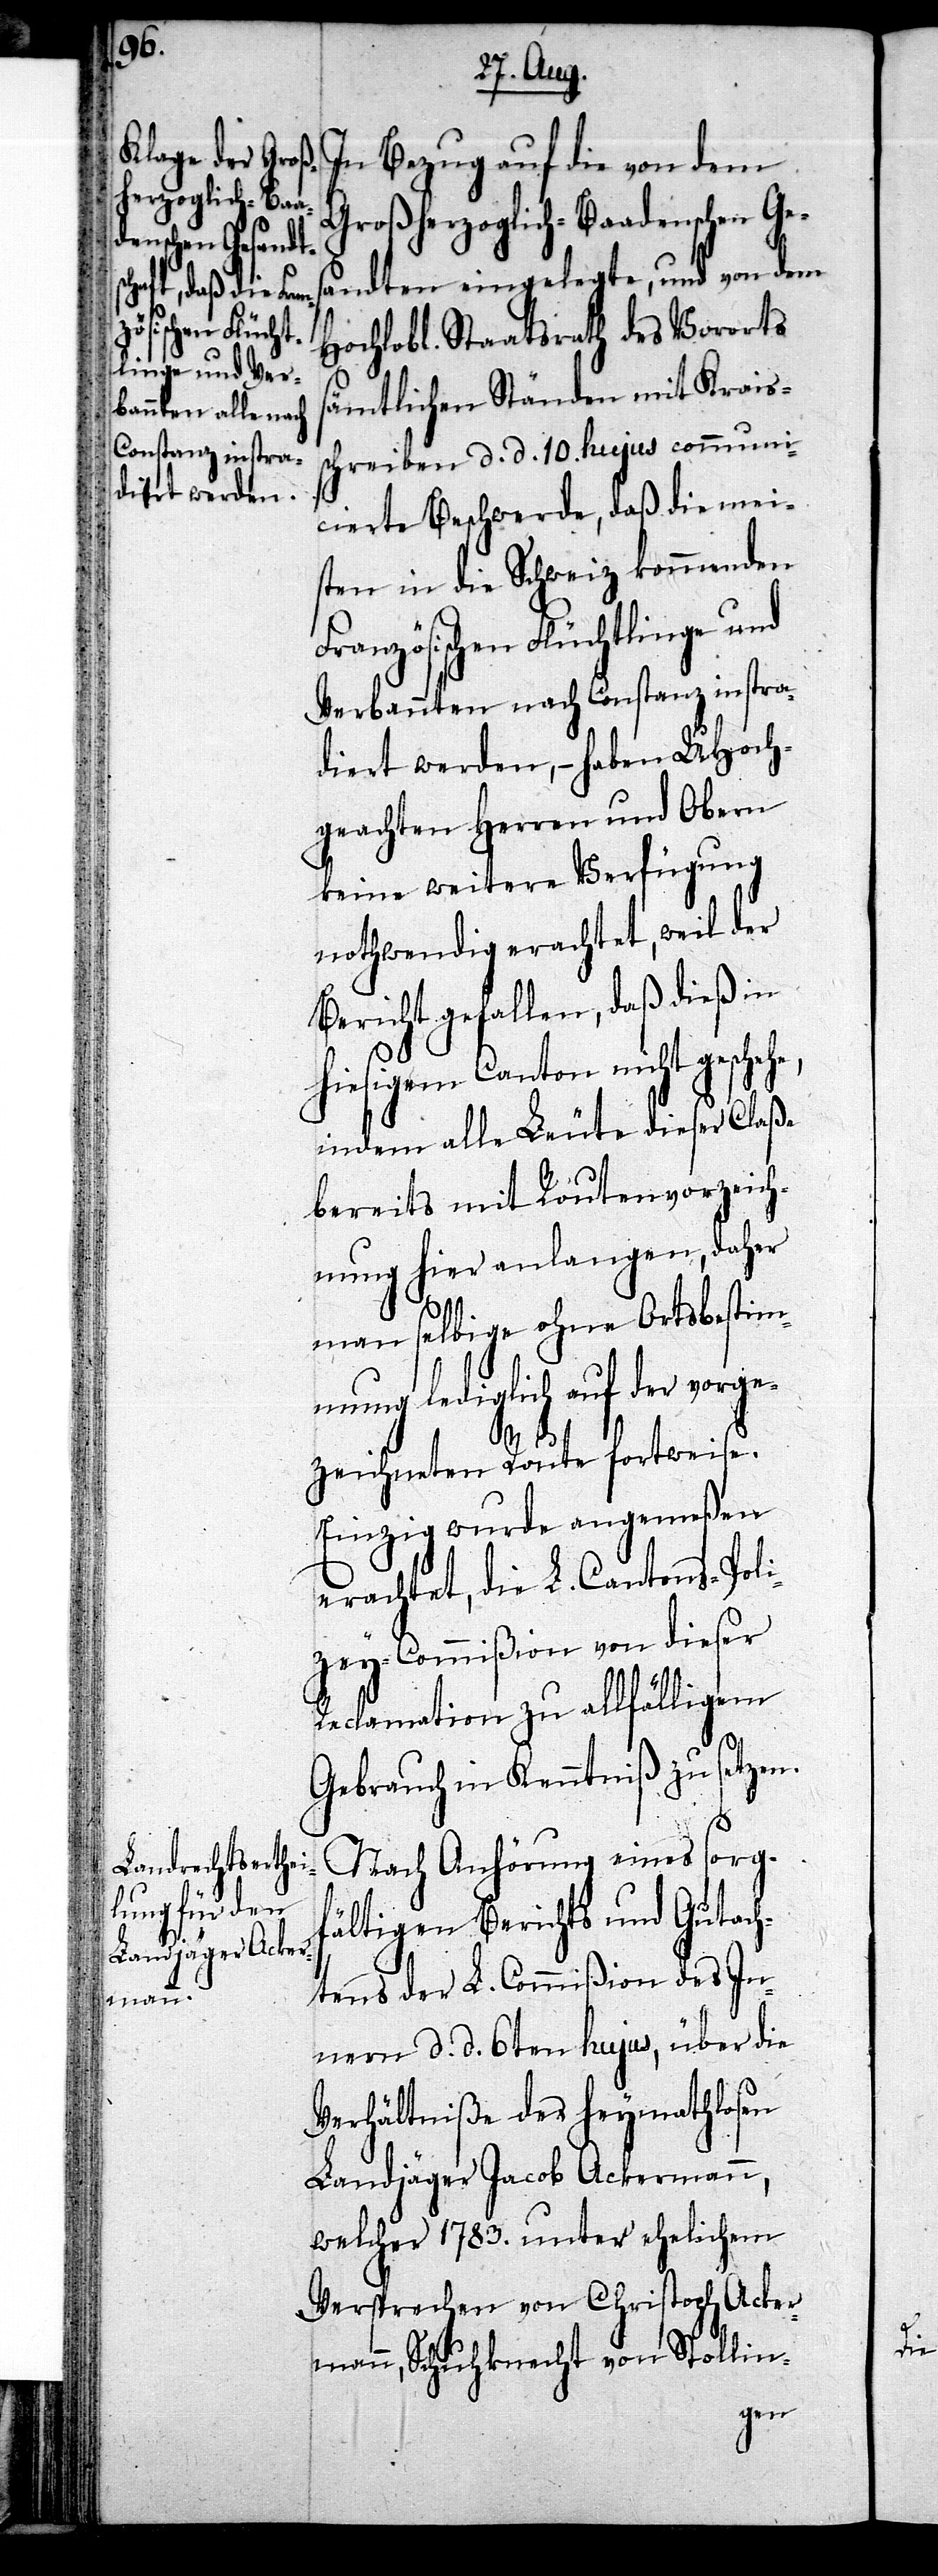
Großherzoglich-Baadenschen Ge¬
sandten eingelegte, und von dem
Hochlobl. Staatsrath des Vororts
sämtlichen Ständen mit Krais¬
schreiben d. d. 10. hujus communi¬
cierte Beschwerde, daß die mei¬
sten in die Schweiz kommenden
Französischen Flüchtlinge und
Verbannten nach Constanz instra¬
diert werden, – haben UHoch¬
geachten Herren und Obern
keine weitere Verfügung
nothwendig erachtet, weil der
Bericht gefallen, daß dieß in
hiesigem Canton nicht geschehe,
indem alle Leute dieser Claße
bereits mit Routenvorzeich¬
nung hier anlangen, daher
man selbige ohne Ortsbestim¬
mung lediglich auf der vorge¬
zeichneten Route fortweise.
Einzig wurde angemeßen
erachtet, die L. Cantons-Poli¬
zey-Commißion von dieser
Reclamation zu allfälligem
Gebrauch in Kenntniß zu setzen.
Nach Anhörung eines sorg¬
fältigen Berichts und Gutach¬
tens der L. Commißion des In¬
nern d. d. 6ten hujus, über die
Verhältniße des heymathlosen
Landjäger Jacob Ackermann,
welcher 1783. unter ehelichem
Versprechen von Christoph Acker¬
mann, Schuhknecht von Stollin-

die